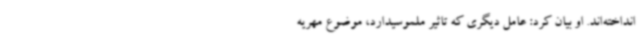
انداخته‌اند. او بیان کرد: عامل دیگری که تاثیر ملموسیدارد، موضوع مهریه